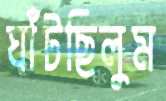
ঘাঁটছিলুম